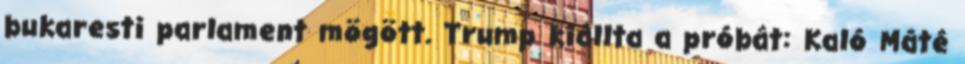
bukaresti parlament mögött. Trump kiállta a próbát: Kaló Máté